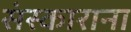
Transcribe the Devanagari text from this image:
संस्काराना